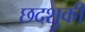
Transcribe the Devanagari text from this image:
छदशुकी